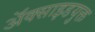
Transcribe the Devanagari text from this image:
अॅक्साइडयुक्त